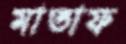
মাতাফ